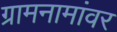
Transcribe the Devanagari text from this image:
ग्रामनामांवर